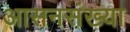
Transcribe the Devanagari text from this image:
आसनसंख्या